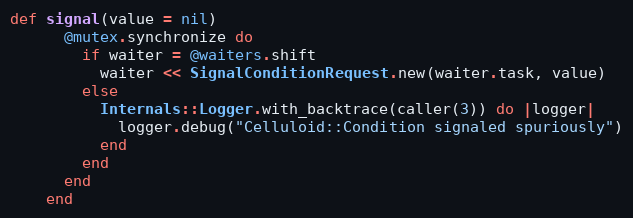
Language: Ruby
def signal(value = nil)
      @mutex.synchronize do
        if waiter = @waiters.shift
          waiter << SignalConditionRequest.new(waiter.task, value)
        else
          Internals::Logger.with_backtrace(caller(3)) do |logger|
            logger.debug("Celluloid::Condition signaled spuriously")
          end
        end
      end
    end